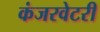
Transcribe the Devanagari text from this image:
कंजरवेटरी